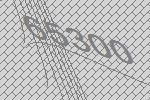
65300